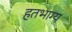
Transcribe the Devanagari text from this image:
हतभाग्य